Annual administration report of the Civil Veterinary Department of India - 1899-1900
Year: 1899
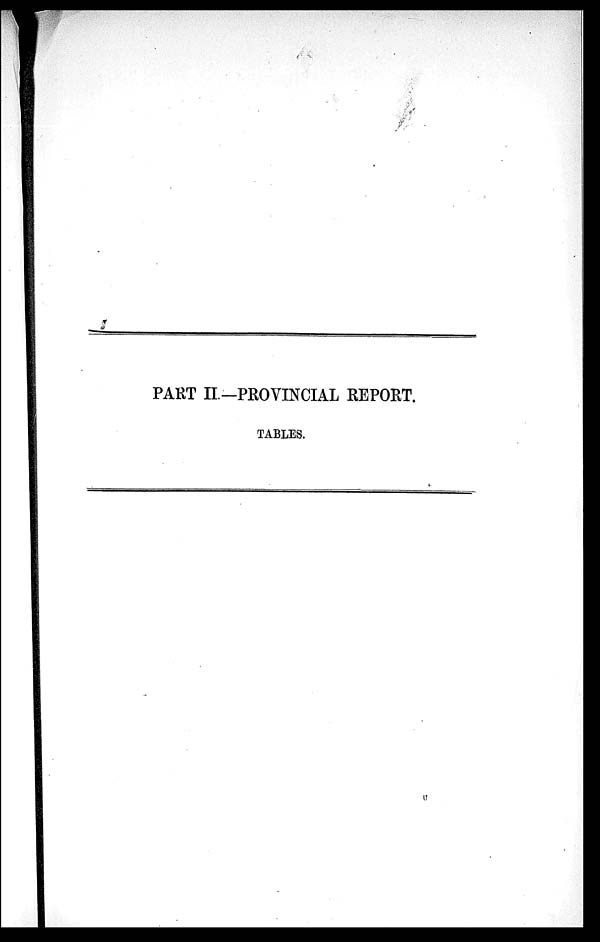
PART II.-PROVINCIAL REPORT.
TABLES.